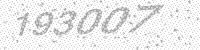
Solution: 193007